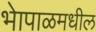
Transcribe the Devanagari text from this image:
भेापाळमधील